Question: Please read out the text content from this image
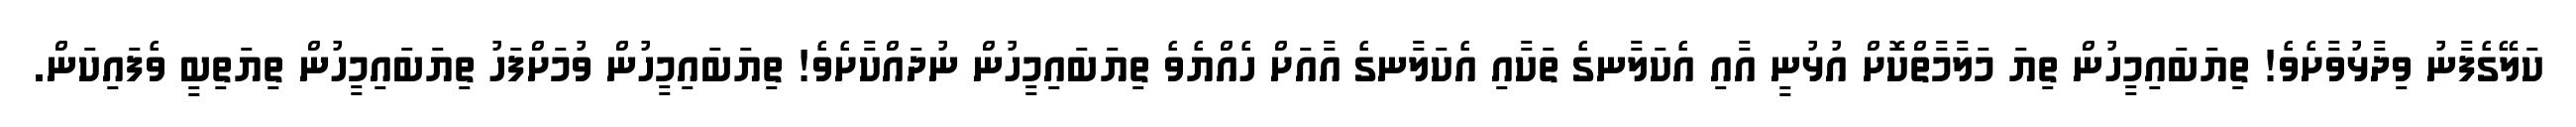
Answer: ކަލޭގެފާނު ވިދާޅުވާށެވެ! ތިޔަބައިމީހުން ތިޔަ މަލާމާތްކޮށް އުޅުނީ އާއި އެކަލާނގެ ތަކާއި އެކަލާނގެ އާއަށް ހެއްޔެވެ ތިޔަބައިމީހުން ނުދައްކާށެވެ! ތިޔަބައިމީހުން ވުމަށްފަހު ތިޔަބައިމީހުން ތިޔަތިބީ ވެފައިކަން.